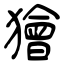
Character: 獪